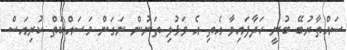
ސައްތާރުބޭ ބުނީ ހަދާފައިވާ އެތި އެ ވަޅުލި ތަނުން ނަގަން މަސައްކަތް ކުރިއަސް